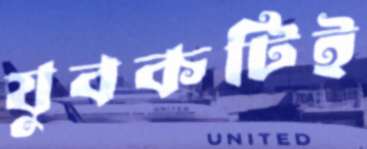
যুবকটিই